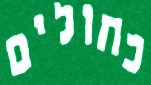
כחולים